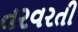
તરવરતી